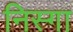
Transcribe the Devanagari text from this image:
निस्गा